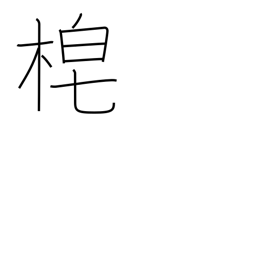
Meaning: sickle handle